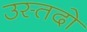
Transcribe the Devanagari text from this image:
उस्तदो